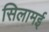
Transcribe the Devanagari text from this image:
सिलामई